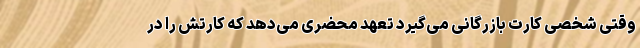
وقتی شخصی کارت بازرگانی می‌گیرد تعهد محضری می‌دهد که کارتش را در